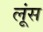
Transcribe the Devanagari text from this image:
लूंस